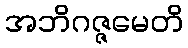
အဘိဂဇ္ဇမေတိ